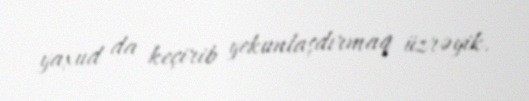
yaxud da keçirib yekunlaşdırmaq üzrəyik.